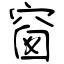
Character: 窗